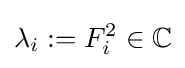
\lambda _{i}:=F_{i}^{2}\in \mathbb {C}